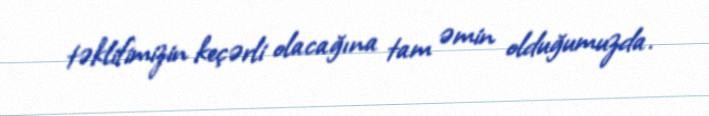
təklifimizin keçərli olacağına tam əmin olduğumuzda.